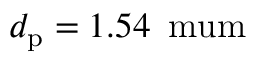
d _ { \mathrm { p } } = 1 . 5 4 \, \mathrm { { \ m u m } }